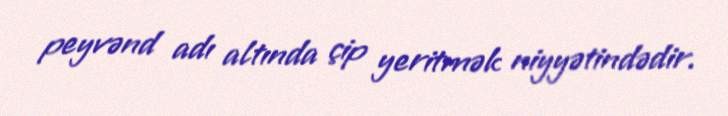
peyvənd adı altında çip yeritmək niyyətindədir.